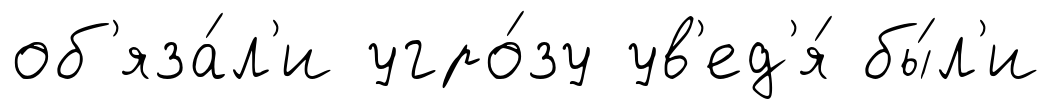
об'яза́л'и угро́зу ув'ед'я́ бы́л'и